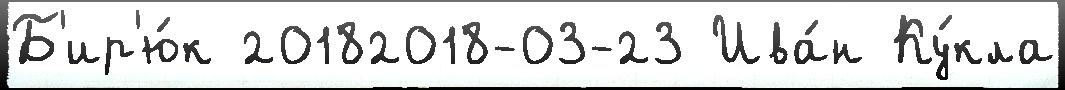
Б'ир'ю́к 20182018-03-23 Ива́н Ку́кла